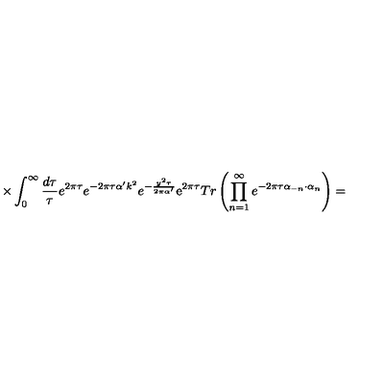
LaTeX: \times \int _ { 0 } ^ { \infty } \frac { d \tau } { \tau } e ^ { 2 \pi \tau } e ^ { - 2 \pi \tau \alpha ^ { \prime } k ^ { 2 } } e ^ { - \frac { y ^ { 2 } \tau } { 2 \pi \alpha ^ { \prime } } } \mathrm { e } ^ { 2 \pi \tau } T r \left( \prod _ { n = 1 } ^ { \infty } e ^ { - 2 \pi \tau \alpha _ { - n } \cdot \alpha _ { n } } \right) =